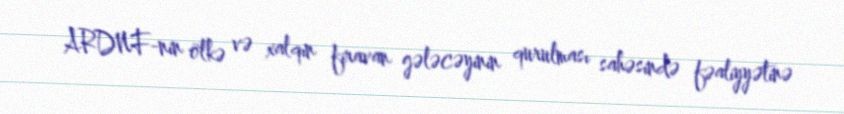
ARDNF-nin ölkə və xalqın firavan gələcəyinin qurulması sahəsində fəaliyyətinə